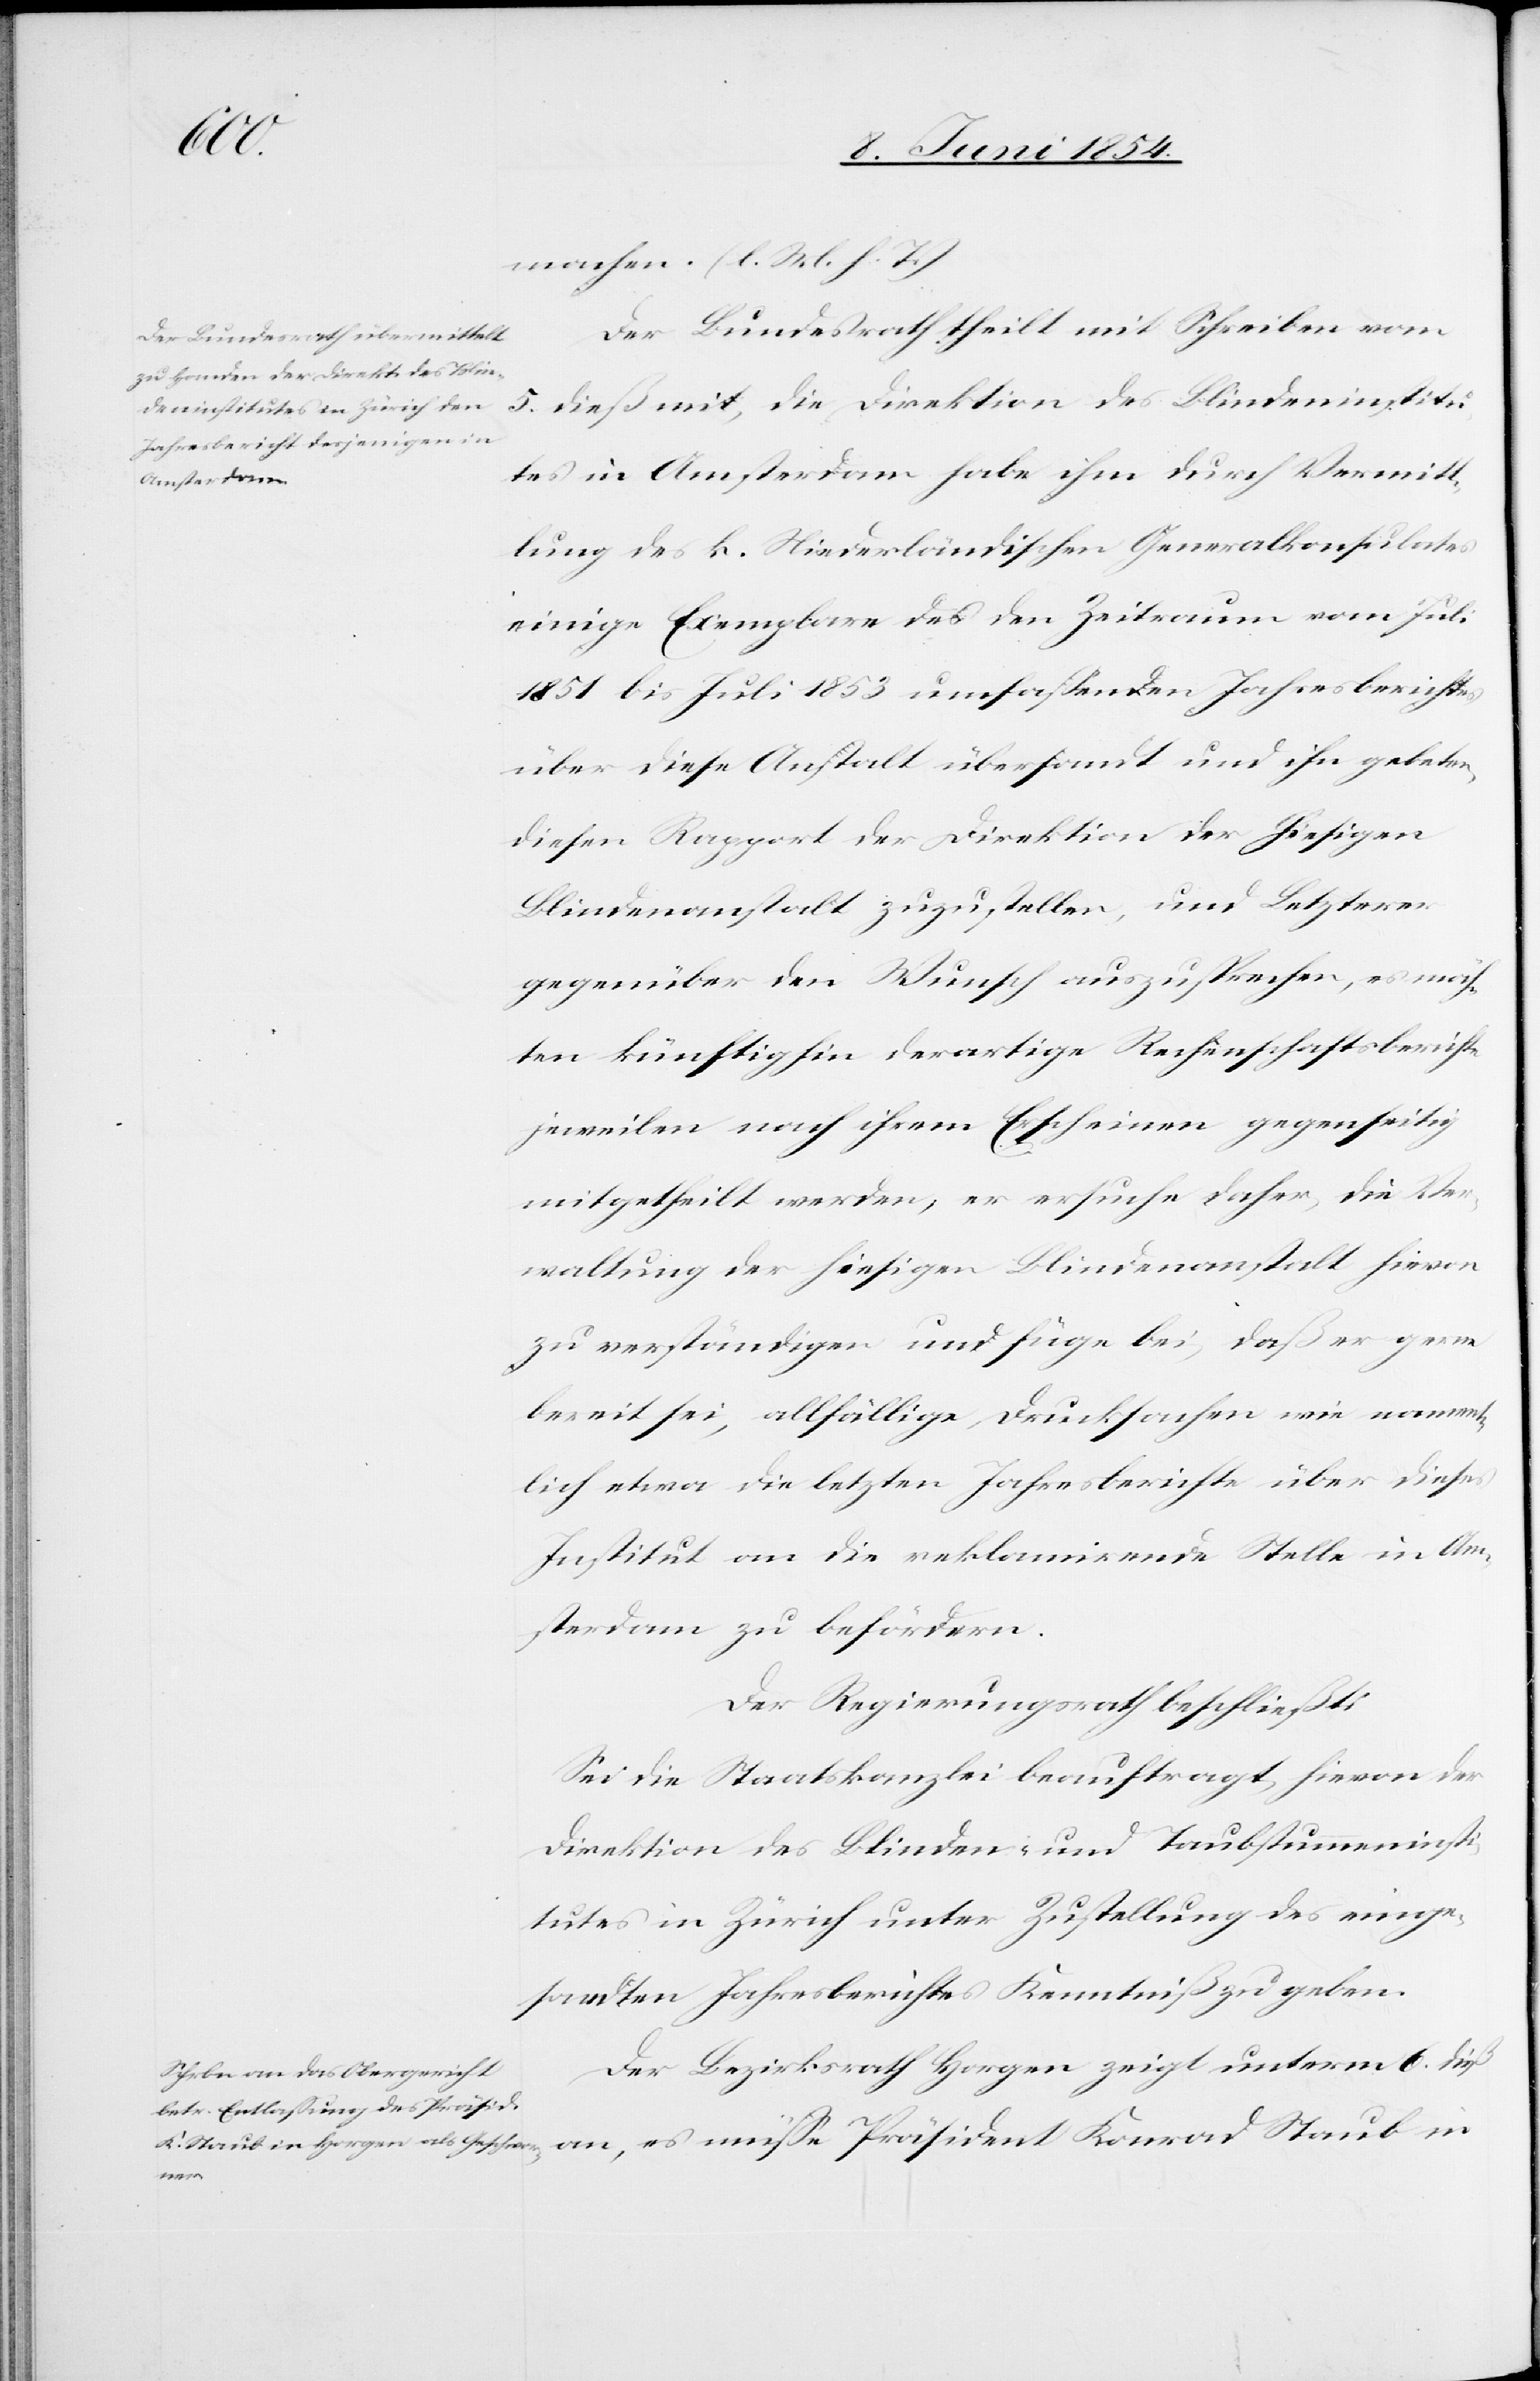
machen. (l. M. h. T.)
Der Bundesrath theilt mit Schreiben vom
5. dieß mit, die Direktion des Blindeninstitu¬
tes in Amsterdam habe ihm durch Vermitt¬
lung des k. Niederländischen Generalkonsulates
einige Exemplare des den Zeitraum vom Juli
1851 bis Juli 1853 umfaßenden Jahresberichtes
über diese Anstalt übersandt und ihn gebeten,
diesen Rapport der Direktion der hiesigen
Blindenanstalt zuzustellen, und Letzterer
gegenüber den Wunsch auszusprechen, es möch¬
ten künftighin derartige Rechenschaftsberichte
jeweilen nach ihrem Erscheinen gegenseitig
mitgetheilt werden; er ersuche daher, die Ver¬
waltung der hiesigen Blindenanstalt hievon
zu verständigen und füge bei, daß er gerne
bereit sei, allfällige Drucksachen wie namen¬
tlich etwa die letzten Jahresberichte über dieses
Institut an die reklamirende Stelle in Am¬
sterdam zu befördern.
Der Regierungsrath beschließt:
Sei die Staatskanzlei beauftragt, hievon der
Direktion des Blinden- und Taubstummeninsti¬
tutes in Zürich unter Zustellung des einge¬
sandten Jahresberichtes Kenntniß zu geben.
Der Bezirksrath Horgen zeigt unterm 6. dieß
an, es müße Präsident Konrad Staub in